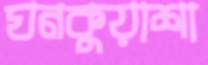
ঘনকুয়াশা